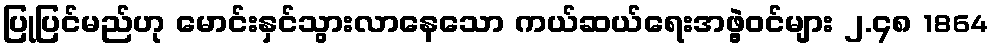
ပြုပြင်မည်ဟု မောင်းနှင်သွားလာနေသော ကယ်ဆယ်ရေးအဖွဲ့ဝင်များ ၂.၄၈ 1864